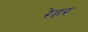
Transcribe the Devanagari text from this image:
रेहर